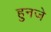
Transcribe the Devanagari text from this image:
हुनजे